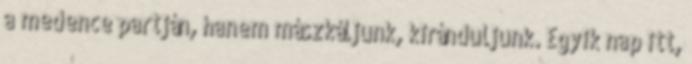
a medence partján, hanem mászkáljunk, kiránduljunk. Egyik nap itt,